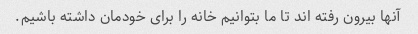
آنها بیرون رفته اند تا ما بتوانیم خانه را برای خودمان داشته باشیم.